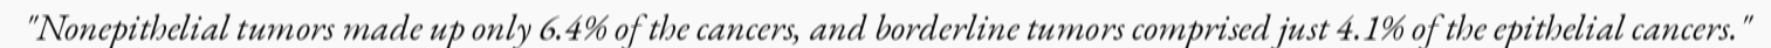
"Nonepithelial tumors made up only 6.4% of the cancers, and borderline tumors comprised just 4.1% of the epithelial cancers."